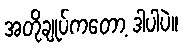
အတိုချုပ်ကတော့ ဒါပါပဲ။